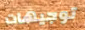
توجيهات